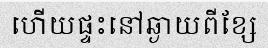
ហើយផ្ទះនៅឆ្ងាយពីខ្សែ